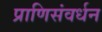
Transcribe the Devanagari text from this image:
प्राणिसंवर्धन